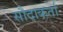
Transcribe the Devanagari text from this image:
सौदाकर्ता